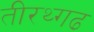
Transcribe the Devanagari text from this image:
तीरथ्गढ